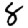
Digit: 8